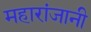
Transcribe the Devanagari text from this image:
महारांजानी